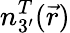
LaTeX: n_{3^{\prime}}^{T}(\vec{r})